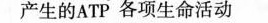
产生的ATP各项生命活动